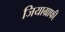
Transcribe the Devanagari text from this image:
जियाग्राफी